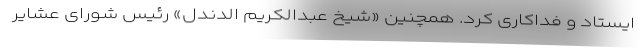
ایستاد و فداکاری کرد. همچنین «شیخ عبدالکریم الدندل» رئیس شورای عشایر